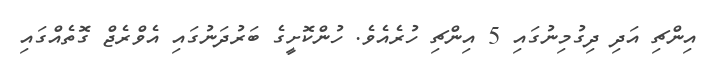
އިންޗި އަދި ދިގުމިނުގައި 5 އިންޗި ހުރެއެވެ. ހުންކޮށީގެ ބަރުދަނުގައި އެވްރެޖް ގޮތެއްގައި